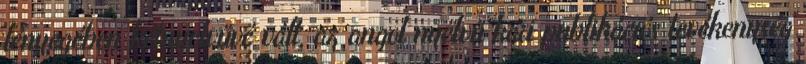
lényegében kétnyelvűvé vált, az angol nyelvű kari publikációs tevékenység